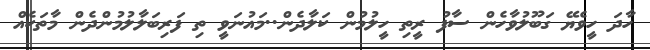
ހާދަ ހީވެޔޭ ގަބޫލުވާހެން ސާފު ރީތި ހީލުމުން ކަލާދެން..މައުނަވީ ތި ފަރިބަލާލުމުންދެން މާތަކެއް